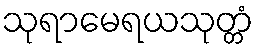
သုရာမေရယသုတ္တံ